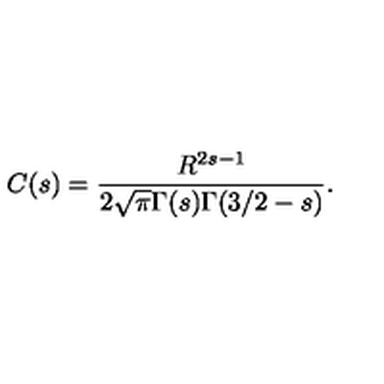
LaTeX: C ( s ) = \frac { R ^ { 2 s - 1 } } { 2 \sqrt \pi \Gamma ( s ) \Gamma ( 3 / 2 - s ) } { . }